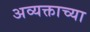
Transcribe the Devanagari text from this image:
अव्यक्ताच्या